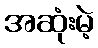
အဆုံးမဲ့